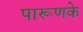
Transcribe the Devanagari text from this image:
पारूणके